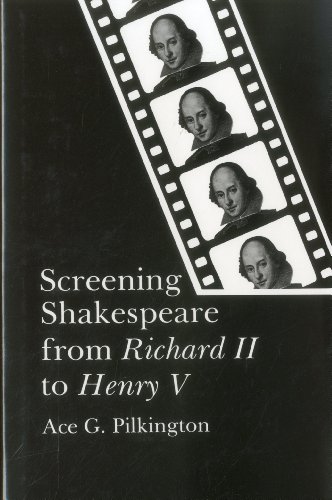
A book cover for Screening Shakespeare from Richard II to Henry V; Ace G. Pilkington; Humor & Entertainment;